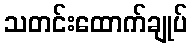
သတင်းထောက်ချုပ်